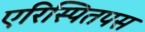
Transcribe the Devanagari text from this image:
एरिस्पितपस